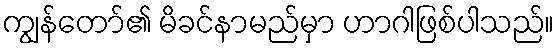
ကျွန်တော်၏ မိခင်နာမည်မှာ ဟာဂါဖြစ်ပါသည်။